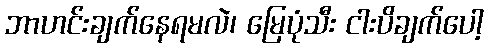
ဘာဟင်းချက်နေရမလဲ၊ မြေပုံသီး ငါးပိချက်ပေါ့